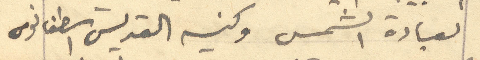
لعبادة الشمس وكنيسه القديس اسطفانوس